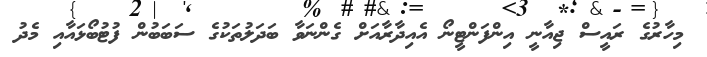
މިހާރުގެ ރައީސް ޖިއާނީ އިންފަންޓީނޯ އެއިދާރާއަށް ގެންނަވާ ބަދަލުތަކުގެ ސަބަބުން ފުޓުބޯޅައާއި މެދު